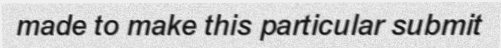
made to make this particular submit